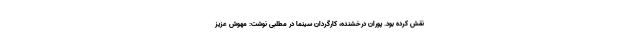
نقش کرده بود. پوران درخشنده، کارگردان سینما در مطلبی نوشت: مهوش عزیز